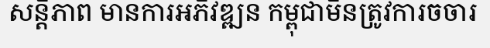
សន្តិភាព មានការអភិវឌ្ឍន កម្ពុជាមិនត្រូវការចចារ